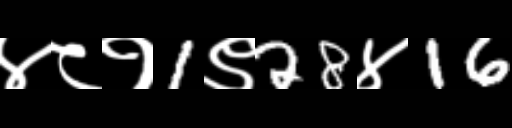
Text: ४८१1९28४16